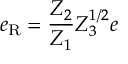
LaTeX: e _ { \mathrm { R } } = \frac { Z _ { 2 } } { Z _ { 1 } } Z _ { 3 } ^ { 1 / 2 } e